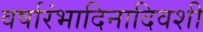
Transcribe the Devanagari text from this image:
वर्षारंभादिनादिवशी